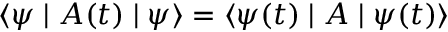
\langle \psi \mid A ( t ) \mid \psi \rangle = \langle \psi ( t ) \mid A \mid \psi ( t ) \rangle